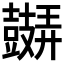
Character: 𲎛